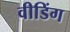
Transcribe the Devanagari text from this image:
वीडिंग